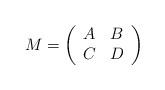
LaTeX: \begin{align*}M = \left( \begin{array}{cc} A & B \cr C & D \end{array} \right)\end{align*}